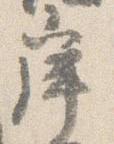
岸